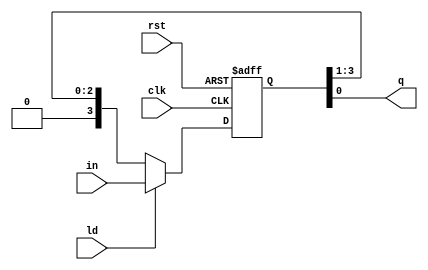
module piso(in,ld,clk,rst,q);
  input ld,clk,rst;
  input [3:0] in;
  output q;
  reg [3:0]qq;
  assign q=qq[0];
  always @ (posedge clk, posedge rst)
    begin
      if(rst)
         qq<=0; 
      else if(ld)
          qq <=in;
      else
        qq <= {1'b0,qq[3:1]};
    end
endmodule